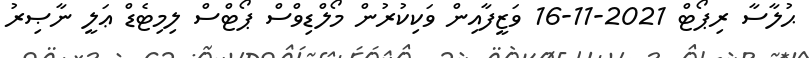
ޙުލާސާ ރިޕޯޓް 2021-11-16 ވަޒީފާއިން ވަކިކުރުން މޯލްޑިވްސް ޕޯޓްސް ލިމިޓެޑް ޢަލީ ނާޞިރު